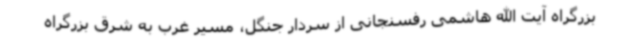
بزرگراه آیت الله هاشمی رفسنجانی از سردار جنگل، مسیر غرب به شرق بزرگراه